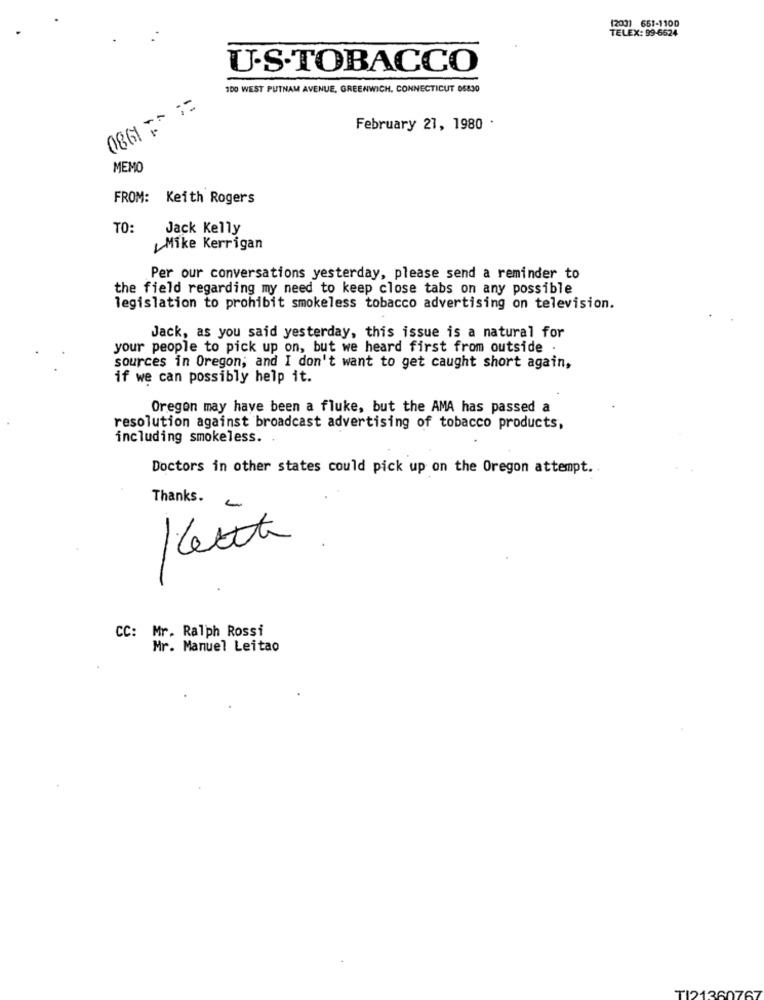
(200) 651-1100
TELEX: 99-6624
U.S.TOBACCO
100 WEST PUTNAM AVENUE, GREENWICH, CONNECTICUT 05830
0861 7 :2
February 27, 1980 .
MEMO
FROM: Keith Rogers
TO:
Jack Kelly
Mike Kerrigan
Per our conversations yesterday, please send a reminder to
the field regarding my need to keep close tabs on any possible
legislation to prohibit smokeless tobacco advertising on television.
Jack, as you said yesterday, this issue is a natural for
your people to pick up on, but we heard first from outside .
sources in Oregon; and I don't want to get caught short again,
if we can possibly help it.
Oregon may have been a fluke, but the AMA has passed a
resolution against broadcast advertising of tobacco products,
including smokeless.
Doctors in other states could pick up on the Oregon attempt ..
Thanks.
0
CC: Mr. Ralph Rossi
Mr. Manuel Leitao
TI2136076